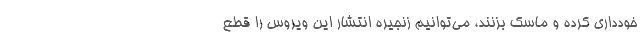
خودداری کرده و ماسک بزنند، می‌توانیم زنجیره انتشار این ویروس را قطع